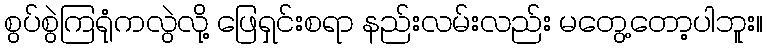
စွပ်စွဲကြရုံကလွဲလို့ ဖြေရှင်းစရာ နည်းလမ်းလည်း မတွေ့တော့ပါဘူး။